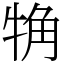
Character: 觕